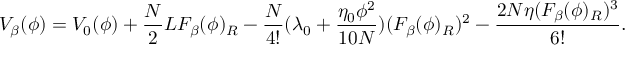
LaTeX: V _ { \beta } ( \phi ) = V _ { 0 } ( \phi ) + \frac { N } { 2 } L F _ { \beta } ( \phi ) _ { R } - \frac { N } { 4 ! } ( \lambda _ { 0 } + \frac { \eta _ { 0 } \phi ^ { 2 } } { 1 0 N } ) ( F _ { \beta } ( \phi ) _ { R } ) ^ { 2 } - \frac { 2 N \eta ( F _ { \beta } ( \phi ) _ { R } ) ^ { 3 } } { 6 ! } .